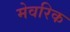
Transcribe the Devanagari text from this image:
मेवरिक